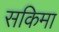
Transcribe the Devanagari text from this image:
सकिमा